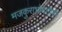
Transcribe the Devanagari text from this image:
मजकुराभोवतीची